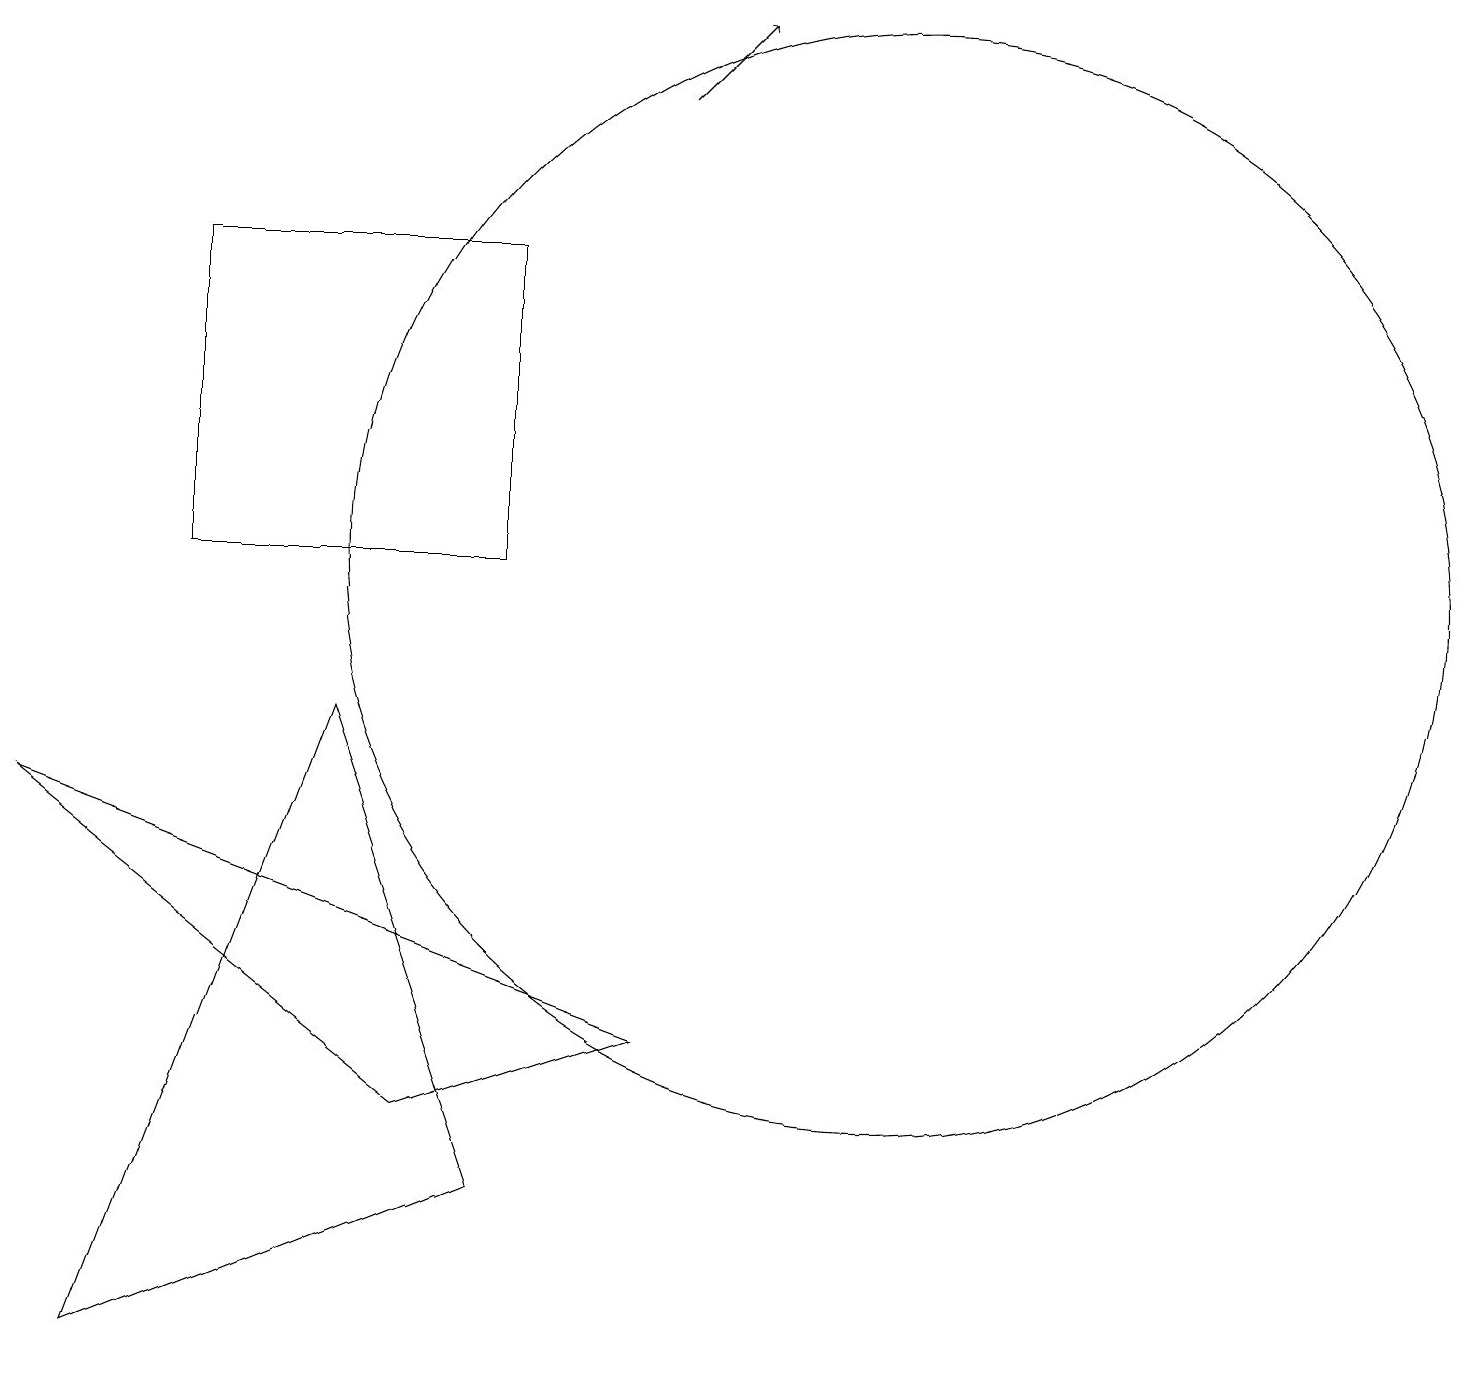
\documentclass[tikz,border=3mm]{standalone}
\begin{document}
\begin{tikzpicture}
\draw (8,4) -- (0,7) -- (5,3) -- cycle;
\draw (2,14) rectangle (6,10);
\draw (11,10) circle (7);
\draw (1,0) -- (4,8) -- (6,2) -- cycle;
\draw[->] (8,16) -- (9,17);
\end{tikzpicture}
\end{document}